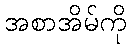
အစာအိမ်ကို